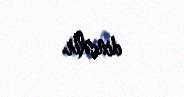
dincəlir.